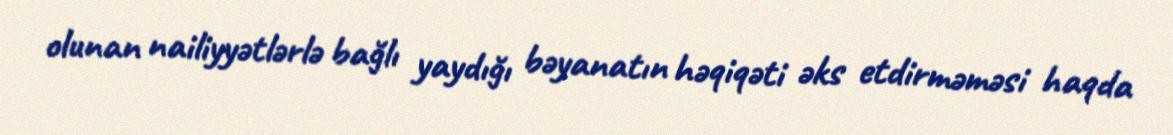
olunan nailiyyətlərlə bağlı yaydığı bəyanatın həqiqəti əks etdirməməsi haqda